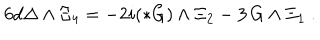
LaTeX: 6 d \Delta \wedge \Xi _ { 4 } = - 2 i ( * G ) \wedge \Xi _ { 2 } - 3 \, G \wedge \Xi _ { 1 } \ .